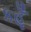
કહૂઁ